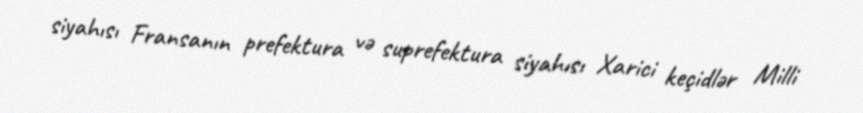
siyahısı Fransanın prefektura və suprefektura siyahısı Xarici keçidlər Milli